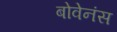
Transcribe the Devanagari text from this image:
बोवेनंस